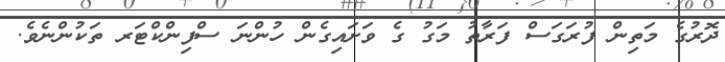
ދޮރުގެ މަތިން ފުރަގަސް ފަރާތު މަގު ގެ ވަށައިގެން ހުންނަ ސްފިންކްޓަރ ތަކުންނެވެ.